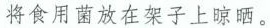
将食用菌放在架子上晾晒。